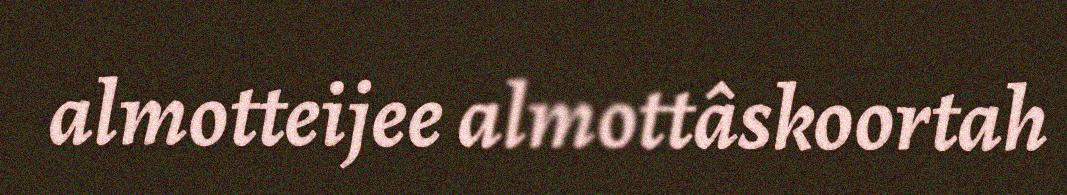
almotteijee almottâskoortah